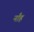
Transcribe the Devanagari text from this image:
नाँह